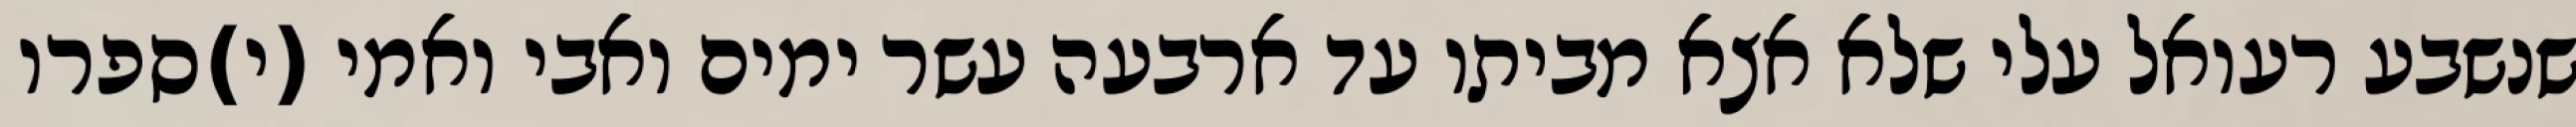
שנשבע רעואל עלי שלא אצא מביתו עד ארבעה עשר ימים ואבי ואמי (י)ספרו